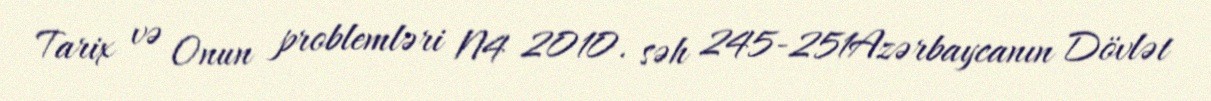
Tarix və Onun problemləri N4 2010. səh 245-251Azərbaycanın Dövlət